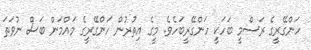
ހަންގޭރީގެ ރަސްމީ ބަހަކީ ހަންގޭރީބަހެވެ. މީގެ އިތުރުން ހަންގޭރީގެ މައްމަން ބަސް ނުވަތަ